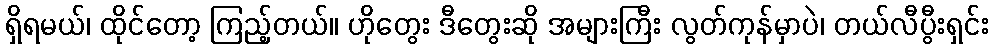
ရှိရမယ်၊ ထိုင်တော့ ကြည့်တယ်။ ဟိုတွေး ဒီတွေးဆို အများကြီး လွတ်ကုန်မှာပဲ၊ တယ်လီပွီးရှင်း